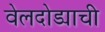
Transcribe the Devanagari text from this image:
वेलदोड्याची